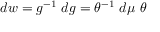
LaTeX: d w = g ^ { - 1 } ~ d g = \theta ^ { - 1 } ~ d \mu ~ \theta